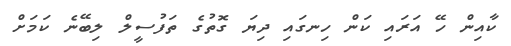
ކާއިން ހޭ އަރައި ކަން ހިނގައި ދިޔަ ގޮތުގެ ތަފުސީލް ލިބޭނެ ކަމަށް